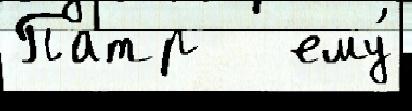
Патр   ему́